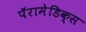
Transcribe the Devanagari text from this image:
पॅरामेडिक्स